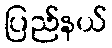
ပြည်နယ်